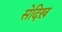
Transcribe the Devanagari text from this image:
सेदिख़